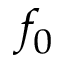
f _ { 0 }